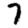
Digit: 7